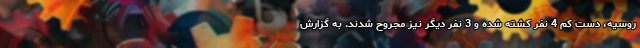
روسیه، دست کم 4 نفر کشته شده و 3 نفر دیگر نیز مجروح شدند. به گزارش